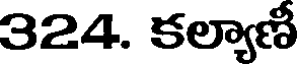
324. కల్యాణీ